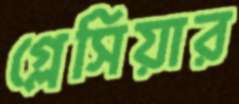
গ্লেসিয়ার